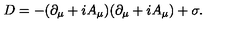
D = - ( \partial _ { \mu } + i A _ { \mu } ) ( \partial _ { \mu } + i A _ { \mu } ) + \sigma .